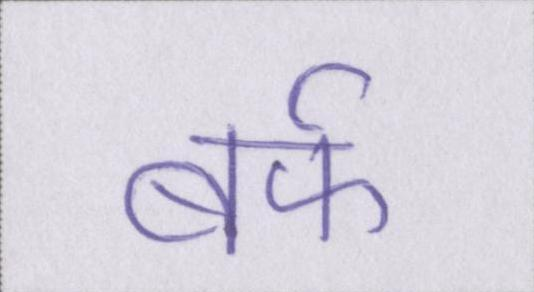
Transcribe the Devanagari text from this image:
बर्फ